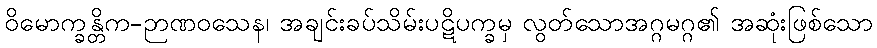
ဝိမောက္ခန္တိက-ဉာဏဝသေန၊ အချင်းခပ်သိမ်းပဋိပက္ခမှ လွတ်သောအဂ္ဂမဂ္ဂ၏ အဆုံးဖြစ်သော